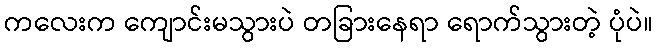
ကလေးက ကျောင်းမသွားပဲ တခြားနေရာ ရောက်သွားတဲ့ ပုံပဲ။